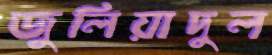
জুলিয়াদুল